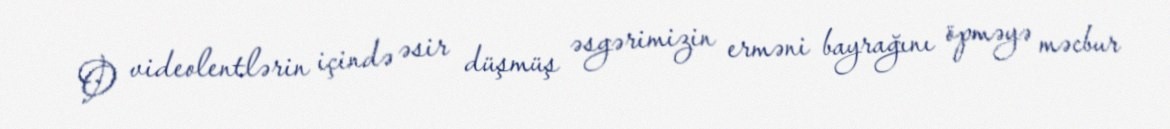
O videolentlərin içində əsir düşmüş əsgərimizin erməni bayrağını öpməyə məcbur